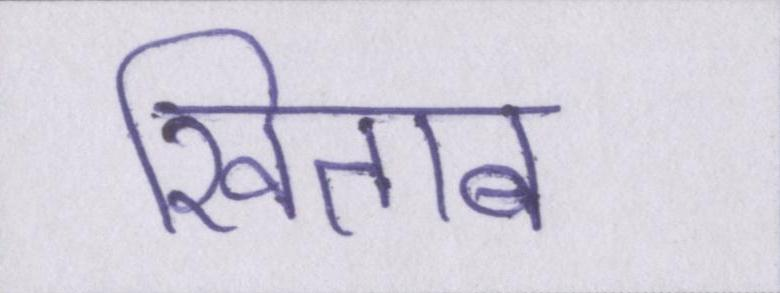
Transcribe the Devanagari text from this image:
खिताब